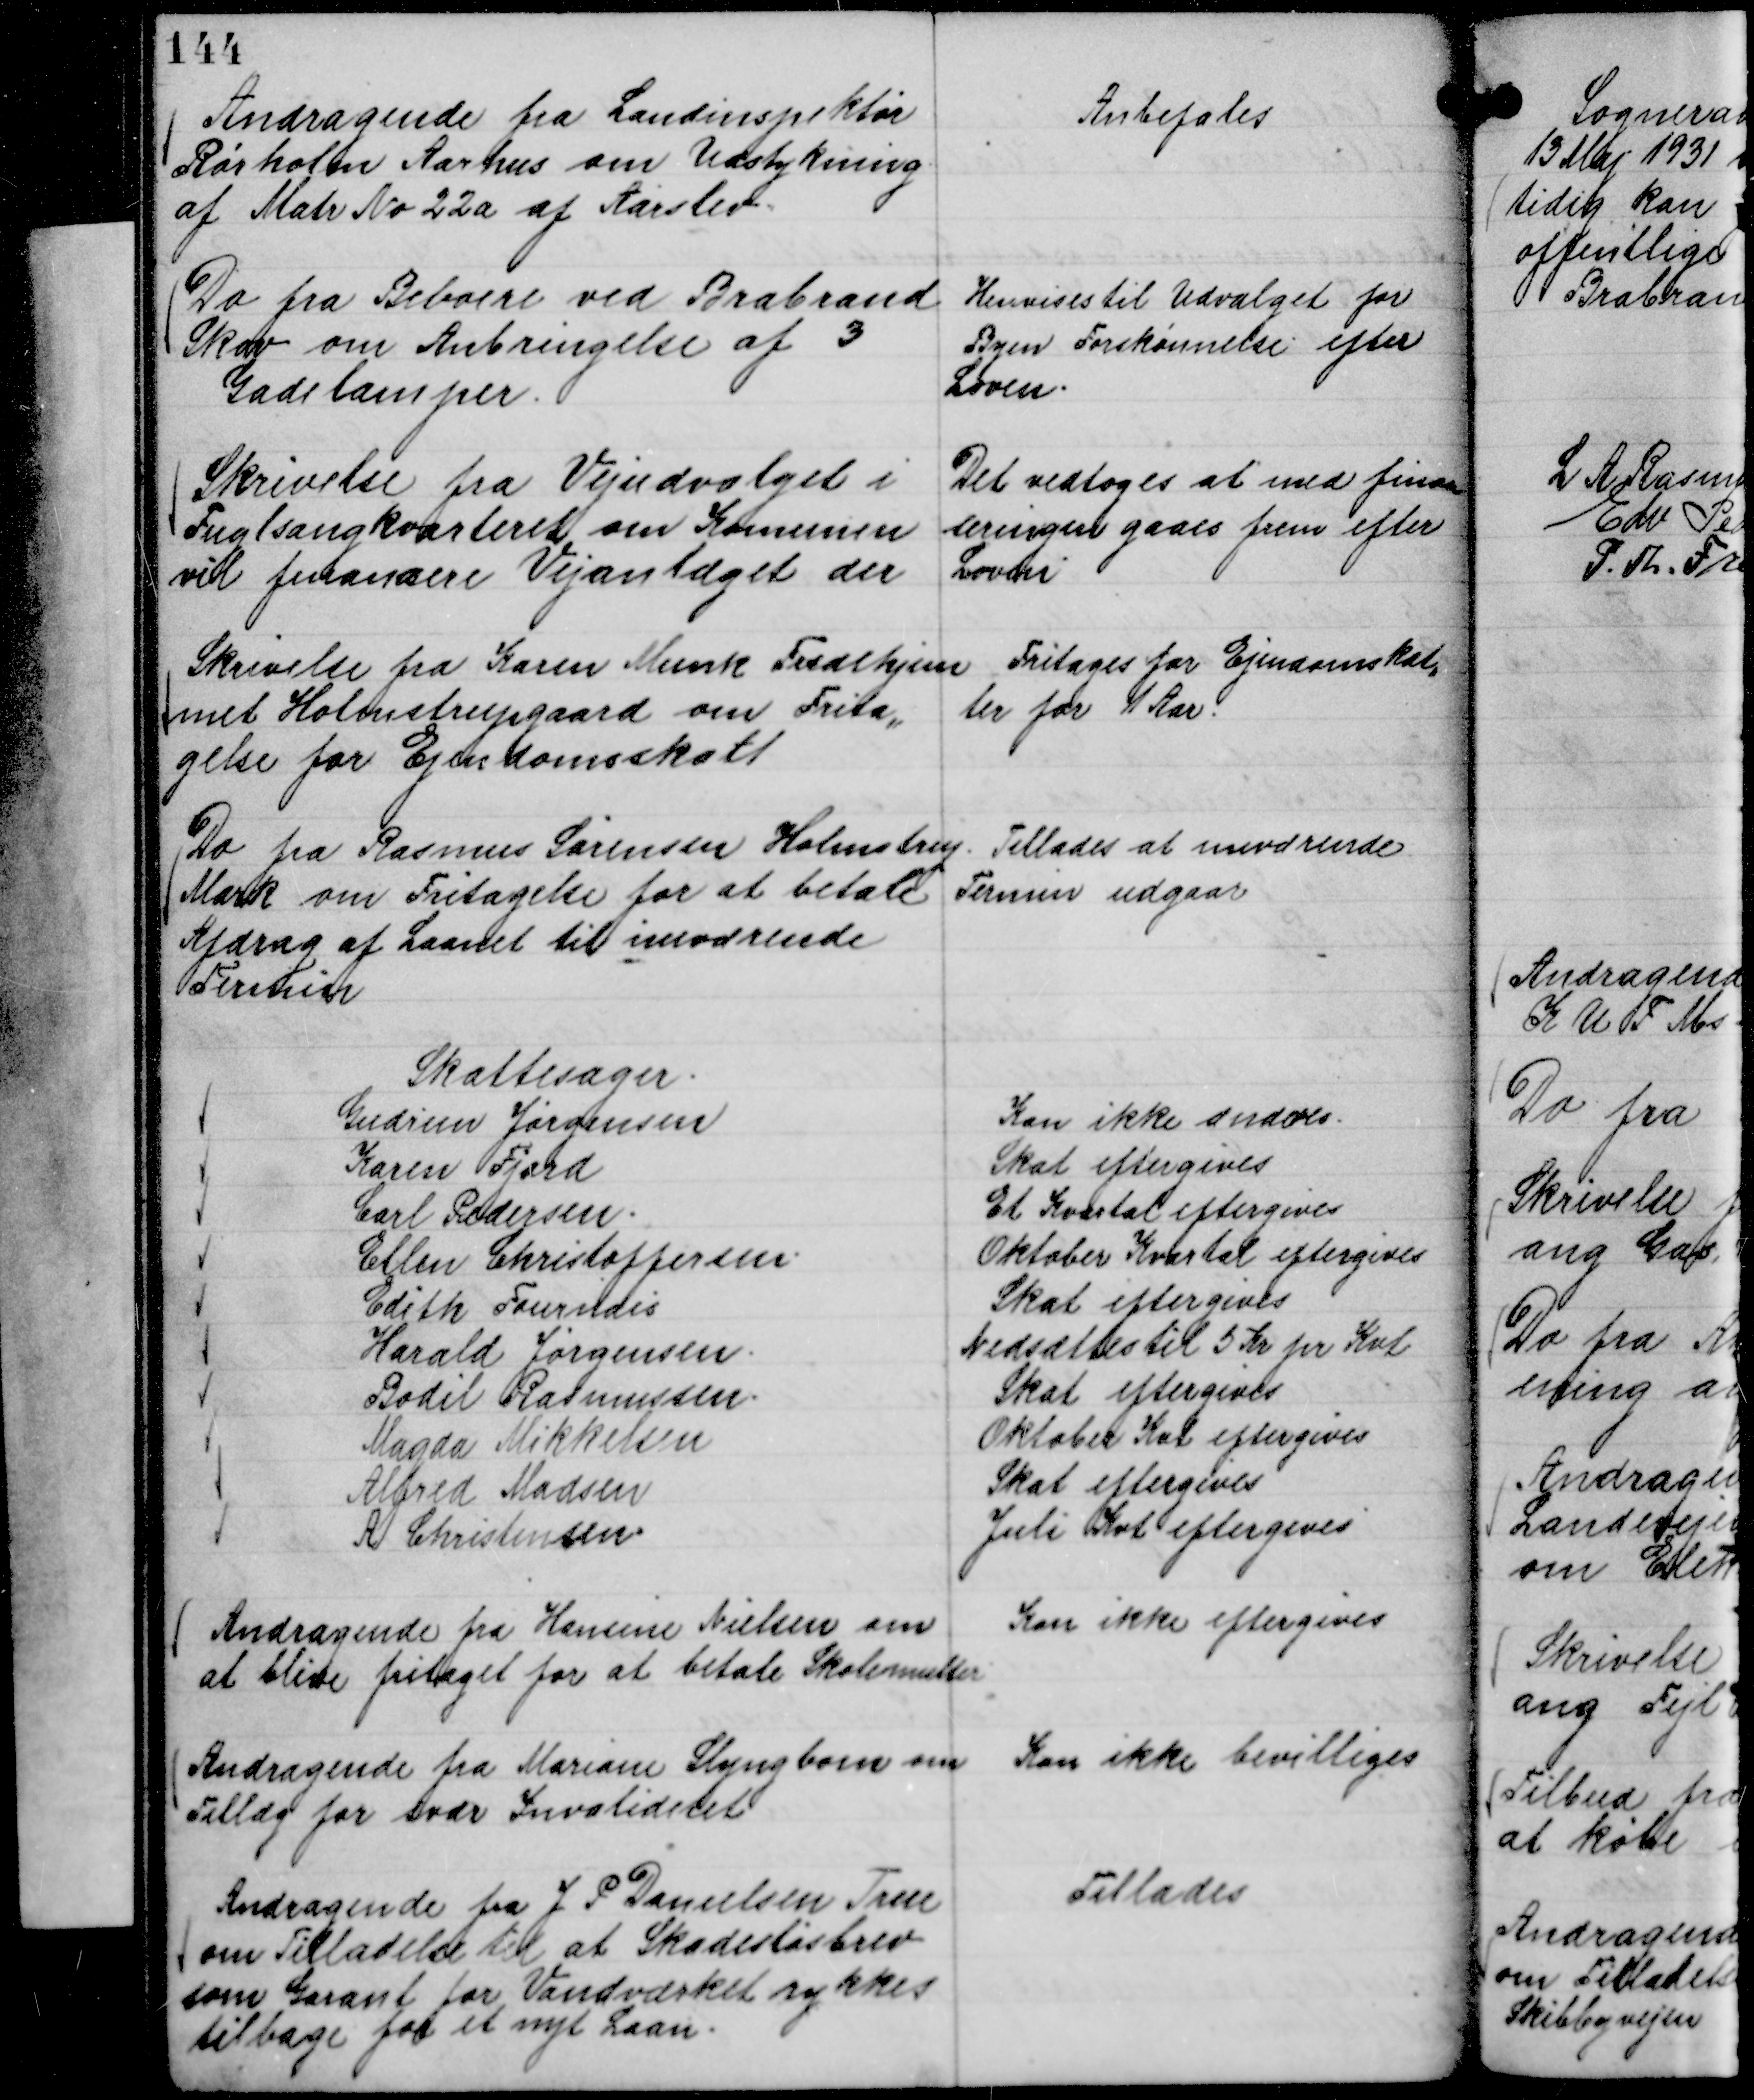
Transskription:
Andragende fra Landinspektør
Rørholm Aarhus om Udstykning
af Matr No 22 a af Aarslev.

Anbefales

Do fra Beboere ved Brabrand
Skov om Anbringelse af 3
Gadelamper.

Henvises til Udvalget for
Byen Forskønnelse efter
Loven.

Skrivelse fra Vejudvalget i
Fuglsangkvarteret om Komunen
vil financiere Vejanlæget der

Det vedtoges at med finan
seringen gaaes frem efter
Loven

Skrivelse fra Karen Munk Fredehjem
med Holmstrupgaard om Frita,,
gelse for Ejendomsskat

Fritages for Ejendomskat,,
ter for 1 Aar.

Do fra Rasmus Sørensen Holmstrup
Mark om Fritagelse for at betale
Afdrag af Laanet til nuværende
Termin

Tillades at nuværende
Termin udgaar

Skattesager.
Gudrun Jørgensen
Kan ikke ændres.
Karen Fjord
Skat eftergives
Carl Pedersen.
Et Kvartal eftergives
Ellen Christoffersen.
Oktober Kvartal eftergives
Edith Fournais
Skat eftergives
Harald Jørgensen.
Nedsættes til 5 Kr pr Kvt
Bodil Rasmussen.
Skat eftergives
Magda Mikkelsen
Oktober Kvt eftergives
Alfred Madsen
Skat eftergives
A Christensen
Juli Kvt eftergives

Andragende fra Hansine Nielsen om
at blive fritaget for at betale Skolemulter

Kan ikke eftergives

Andragende fra Mariane Slyngbom om
Tillæg for svær Invaliditet

Kan ikke bevilliges

Andragende fra J P Danielsen True
om Tilladelse til at Skadesløsbrev
som Garant for Vandværket rykkes
tilbage for et nyt Laan.

Tillades